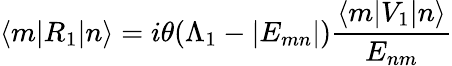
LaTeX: \langle m|R_{1}|n\rangle=i\theta(\Lambda_{1}-|E_{mn}|){\frac{\langle m|V_{1}|n\rangle}{E_{nm}}}